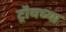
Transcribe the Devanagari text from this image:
ट्रॉयच्या